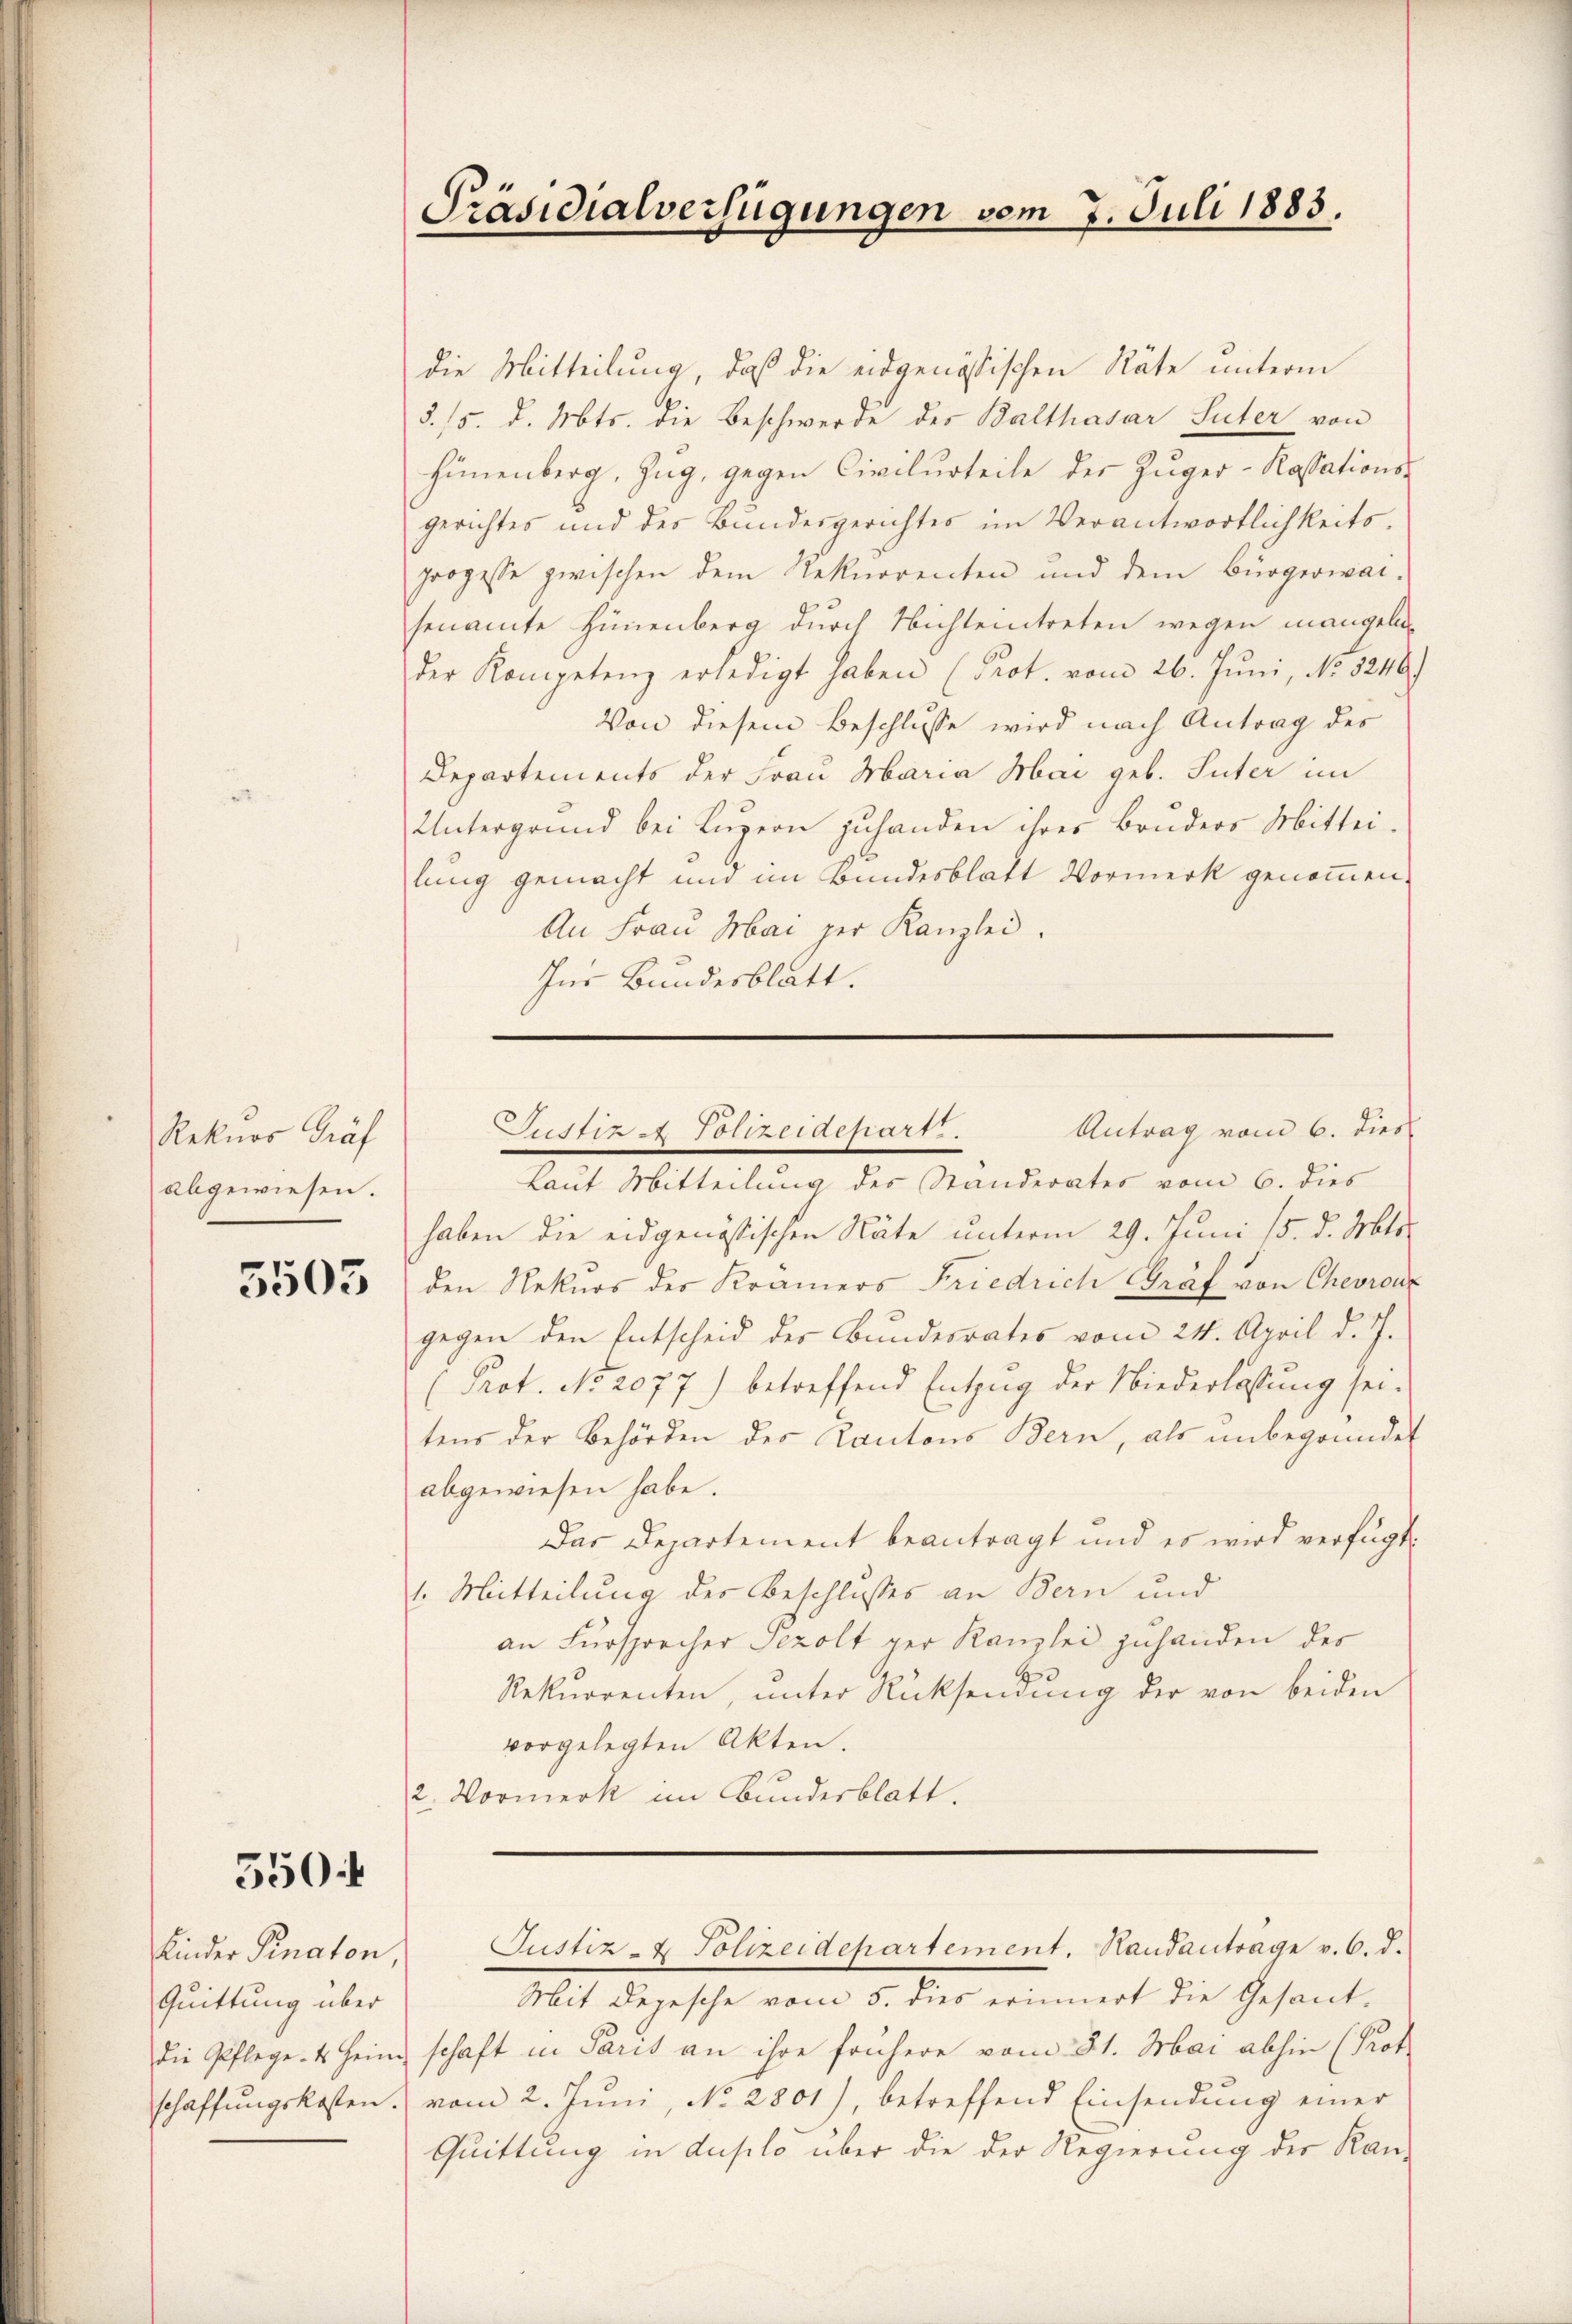
Rekurs Gräf
abgewiesen.

5505

5504

die Mitteilung, daß die eidgenössischen Räte unterm
§. 15. d. Mts. die Beschwerde des Balthasar Suter von
Hünenberg, Zug, gegen Civilurteile der Züger-Kassations-
gerichtes und des Bundesgerichtes im Verantwortlichkeits-
Prozesse zwischen dem Rekurrenten und dem Bürgerwar-
senamte Hünenberg durch Nichtentreten wegen mangelnder Kompetenz erledigt haben (Prot. vom 26. Juni, No. 5246.
Von diesem Beschlusse wird nach Antrag des
Departements der Frau Maria Mai geb. Suter im
Untergrund bei Lŭzern zuhanden ihres Bruders Mittei-
lung gemacht und im Bundesblatt Vormerk genommen.
An Frau Mai per Kanzlei.
Ins Bundesblatt.

Kinder Pinaton,
Quittung über
die Pflege. Es heim
schaffungskosten.

Präsidialverfügungen vom 7. Juli 1883.

Antrag vom 6. dies
Justiz - Polizeidepart.

Laut Mitteilung des Standerates vom 6. dies
haben die eidgenössischen Näte unterm 29. Juni 15. d. Mts.
den Rekurs des Kramers Friedrich Graf von Chevronz
gegen den Entscheid der Bundesrates vom 24. April d. J.
(Prot. No 2077) betreffend Entzug der Niederlassung sei.
tens der Behörden des Cantons Bern, als unbegründet
abgewiesen habe.
Das Departement beantragt und es wird verfügt:
1. Mitteilung des Beschlusses an Bern und
an Fürsprecher Tezolt ger Kanzlei zuhanden des
Rekurrenten, unter Rücksendung der von beiden
vorgelegten Akten.
2. Vormerk im Bunderblatt.

Justiz- & Polizeidepartement. Handanträge v. 6. d.

Mit Depesche vom 5. dies erinnert die Gesand-
schaft in Paris an ihre frühere vom 31. Mai abhin (Prot
vom 2. Juni, No. 2801), betreffend Einsendung einer
Quittung in dusilo über die der Regierung der Kan-